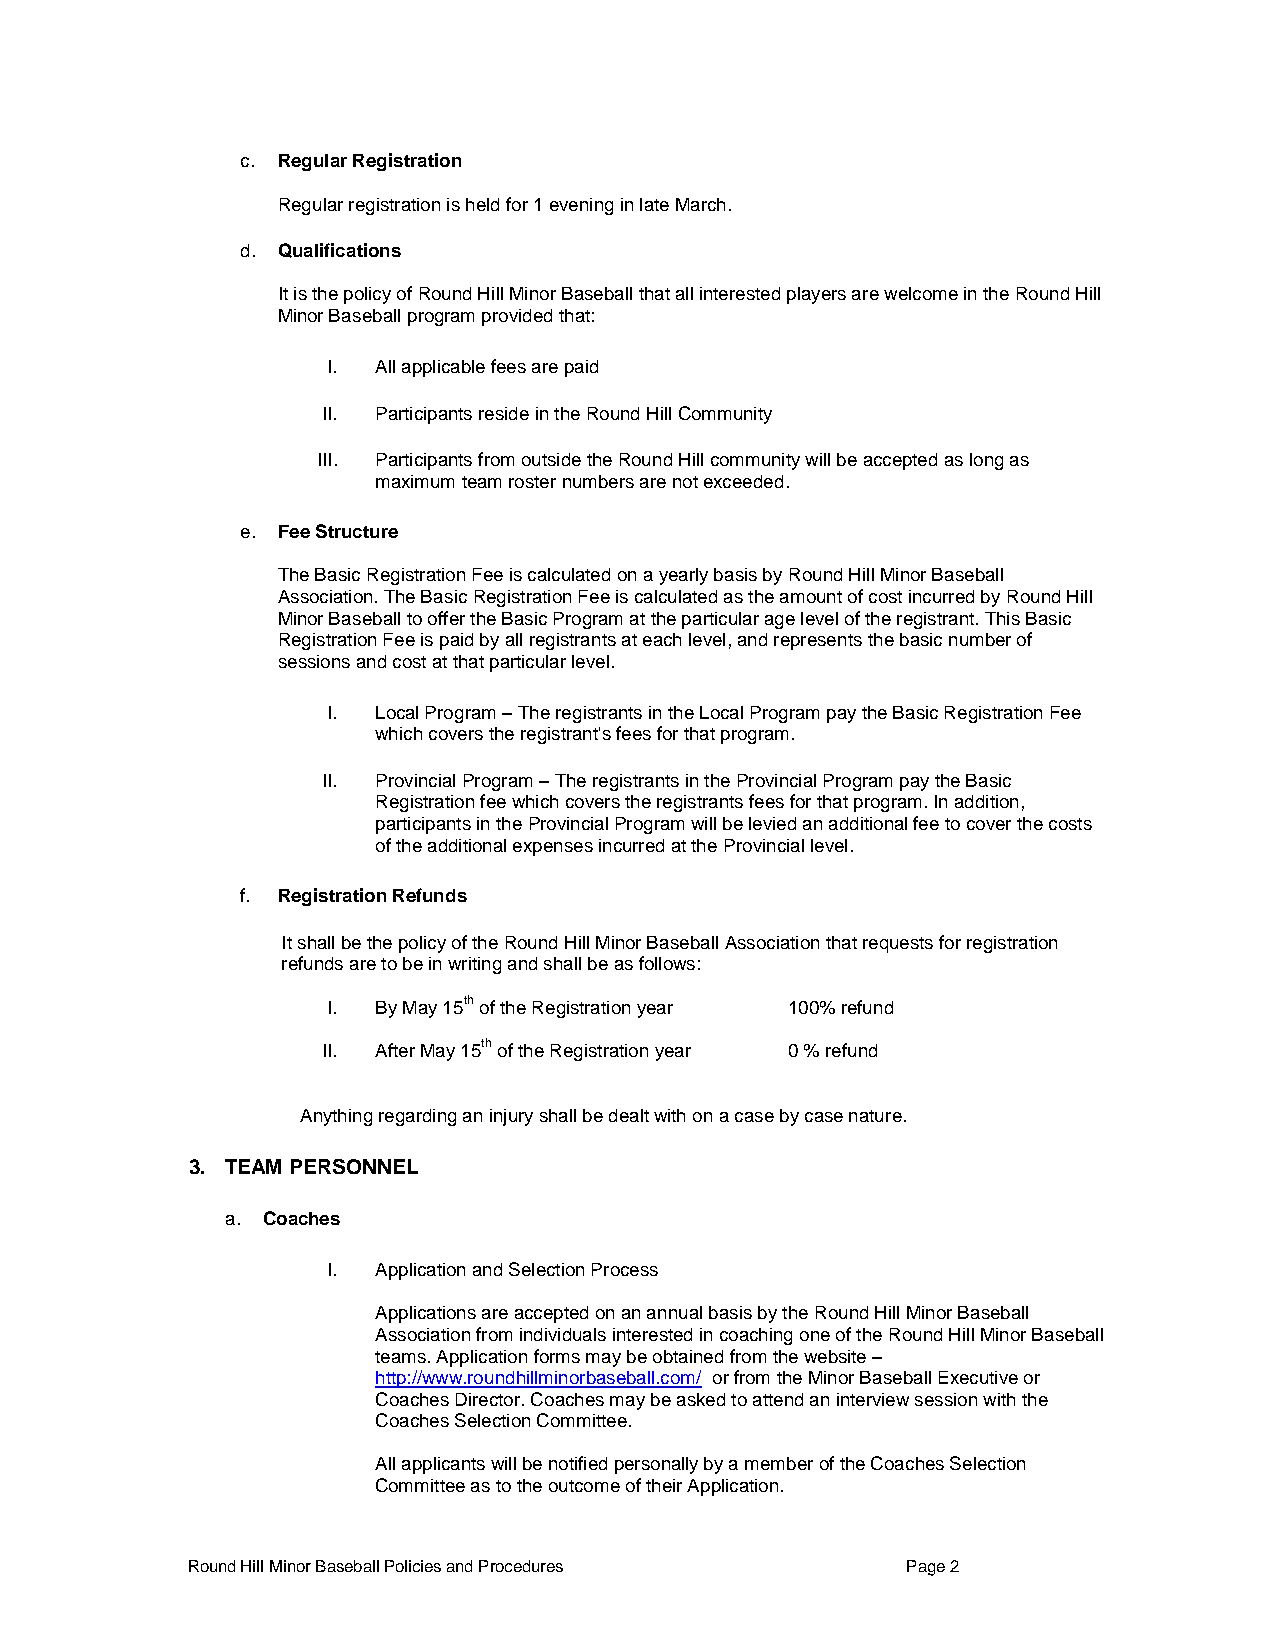
c. Regular Registration
 Regular registration is held for 1 evening in late March.
 d. Qualifications
 It is the policy of Round Hill Minor Baseball that all interested players are welcome in the Round Hill
 Minor Baseball program provided that:
 I. All applicable fees are paid
 II. Participants reside in the Round Hill Community
 III. Participants from outside the Round Hill community will be accepted as long as
 maximum team roster numbers are not exceeded.
 e. Fee Structure
 The Basic Registration Fee is calculated on a yearly basis by Round Hill Minor Baseball
 Association. The Basic Registration Fee is calculated as the amount of cost incurred by Round Hill
 Minor Baseball to offer the Basic Program at the particular age level of the registrant. This Basic
 Registration Fee is paid by all registrants at each level, and represents the basic number of
 sessions and cost at that particular level.
 I. Local Program – The registrants in the Local Program pay the Basic Registration Fee
 which covers the registrant's fees for that program.
 II. Provincial Program – The registrants in the Provincial Program pay the Basic
 Registration fee which covers the registrants fees for that program. In addition,
 participants in the Provincial Program will be levied an additional fee to cover the costs
 of the additional expenses incurred at the Provincial level.
 f. Registration Refunds
 It shall be the policy of the Round Hill Minor Baseball Association that requests for registration
 refunds are to be in writing and shall be as follows:
 I. By May 15th of the Registration year 100% refund
 II. After May 15th of the Registration year 0 % refund
 Anything regarding an injury shall be dealt with on a case by case nature.
 3. TEAM PERSONNEL
 a. Coaches
 I. Application and Selection Process
 Applications are accepted on an annual basis by the Round Hill Minor Baseball
 Association from individuals interested in coaching one of the Round Hill Minor Baseball
 teams. Application forms may be obtained from the website –
 http://www.roundhillminorbaseball.com/ or from the Minor Baseball Executive or
 Coaches Director. Coaches may be asked to attend an interview session with the
 Coaches Selection Committee.
 All applicants will be notified personally by a member of the Coaches Selection
 Committee as to the outcome of their Application.
 Round Hill Minor Baseball Policies and Procedures Page 2